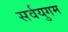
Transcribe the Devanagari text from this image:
सर्वयुगम